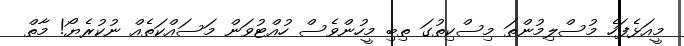
މީއަޅެފަހެ މުސްލިމުންތަ މިސްކިތުގަ ތިބި މީހުންވެސް ހުއްޓުވަން މަސައްކަތެއް ނުކުރެޔޯ! މާތް